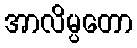
အာလိမ္ပတော